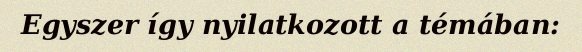
Egyszer így nyilatkozott a témában: